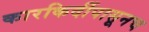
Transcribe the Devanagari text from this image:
कारकिर्दीपासूनच